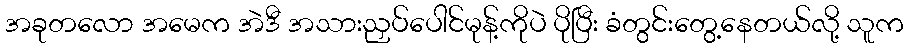
အခုတလော အမေက အဲဒီ အသားညှပ်ပေါင်မုန့်ကိုပဲ ပိုပြီး ခံတွင်းတွေ့နေတယ်လို့ သူက